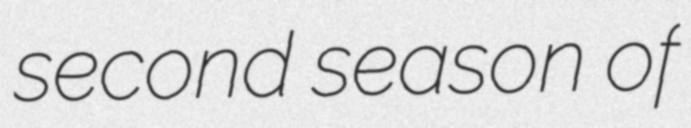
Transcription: second season of